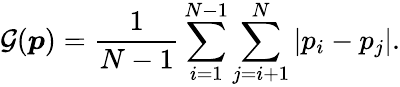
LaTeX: \mathcal{G}(\boldsymbol{p})=\frac{1}{N-1}\sum_{i=1}^{N-1}\sum_{j=i+1}^{N}\left|p_{i}-p_{j}\right|.